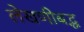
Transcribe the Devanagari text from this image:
लेखणीबद्ध